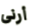
أرنى